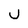
Character: U